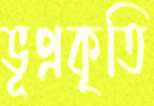
ভূপ্রকৃতি